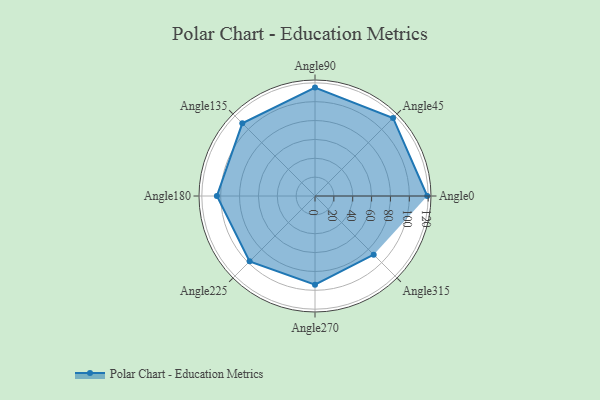
{"axis": {"x": "Angle", "y": "Radius"}, "legend": [""], "data": [{"x": "Angle0", "y": 119.0, "type": ""}, {"x": "Angle45", "y": 117.0, "type": ""}, {"x": "Angle90", "y": 115.0, "type": ""}, {"x": "Angle135", "y": 109.0, "type": ""}, {"x": "Angle180", "y": 104.0, "type": ""}, {"x": "Angle225", "y": 98.0, "type": ""}, {"x": "Angle270", "y": 94.0, "type": ""}, {"x": "Angle315", "y": 88.0, "type": ""}]}